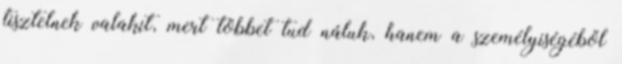
tisztelnek valakit, mert többet tud náluk, hanem a személyiségéből